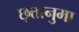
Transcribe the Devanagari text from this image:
छ्त्तानुमा